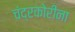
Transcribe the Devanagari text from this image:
चंद्रकोरींना